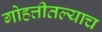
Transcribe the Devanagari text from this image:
गोहत्तीतल्याच